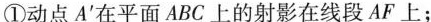
①动点A^{’}在平面ABC上的射影在线段AF上；